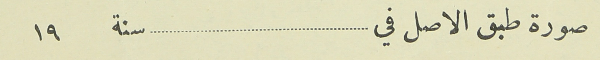
صورة طبق الاصل في _______________________________ سنة       ١٩